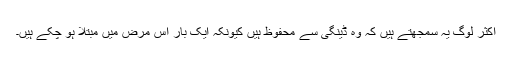
اکثر لوگ یہ سمجھتے ہیں کہ وہ ڈینگی سے محفوظ ہیں کیونکہ ایک بار اس مرض میں مبتلا ہو چکے ہیں۔